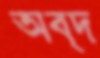
অব্দ